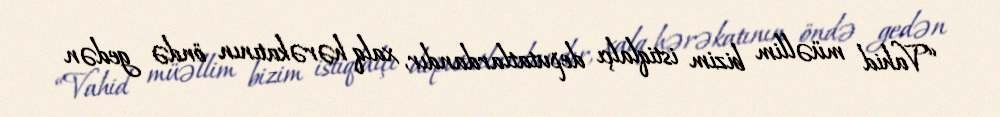
“Vahid müəllim bizim istiqlalçı deputatlardandır, xalq hərəkatının öndə gedən